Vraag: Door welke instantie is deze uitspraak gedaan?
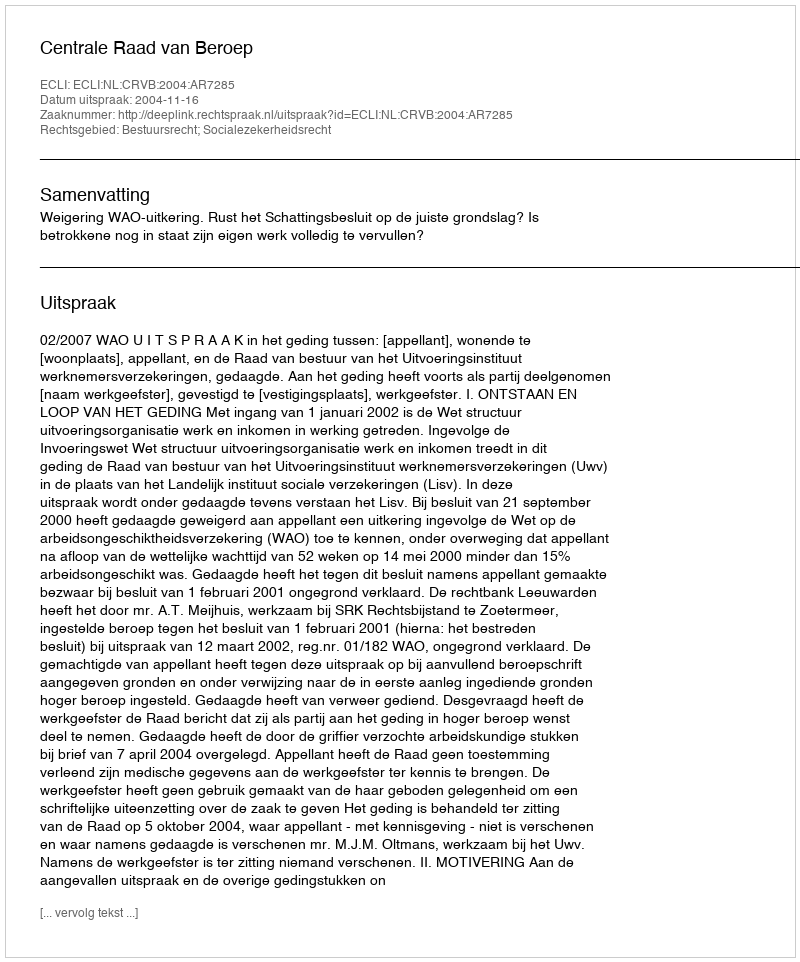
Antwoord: Centrale Raad van Beroep